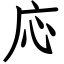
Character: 応